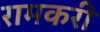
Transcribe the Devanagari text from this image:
रामकरी